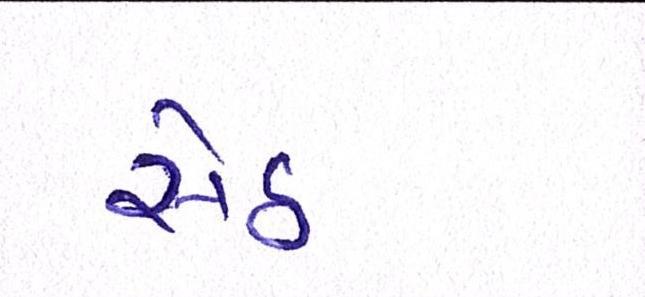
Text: સેઠ